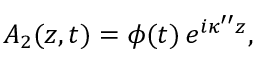
\begin{array} { r } { A _ { 2 } ( z , t ) = \phi ( t ) \, e ^ { i \kappa ^ { \prime \prime } z } , } \end{array}